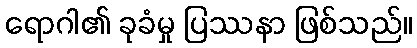
ရောဂါ၏ ခုခံမှု ပြဿနာ ဖြစ်သည်။